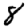
Digit: 8